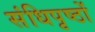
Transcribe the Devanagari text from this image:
संधिपृष्ठों